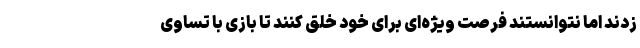
زدند اما نتوانستند فرصت ویژه‌ای برای خود خلق کنند تا بازی با تساوی